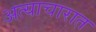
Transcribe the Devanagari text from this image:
अत्याचारात